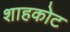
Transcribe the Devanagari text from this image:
शाहकोट